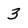
Character: 3